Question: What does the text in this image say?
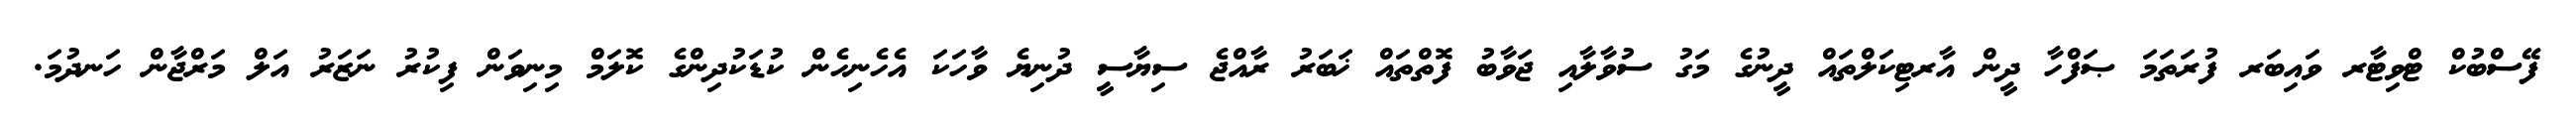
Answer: ފޭސްބުކް ޓްވިޓާރ ވައިބަރ ފުރަތަމަ ޞަފްހާ ދީން އާރޓިކަލްތައް ދީނުގެ މަގު ސުވާލާއި ޖަވާބު ފޮތްތައް ޚަބަރު ރާއްޖެ ސިޔާސީ ދުނިޔެ ވާހަކަ އެހެނިހެން ކުޑަކުދިންގެ ކޮލަމް މިނިވަން ފިކުރު ނަޒަރު އަލް މަރްޖާން ހަނދުމަ.